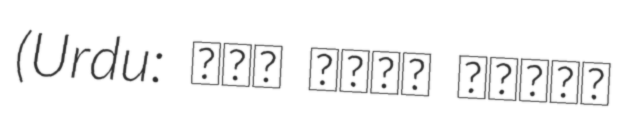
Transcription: (Urdu: میر حسان کھوسو